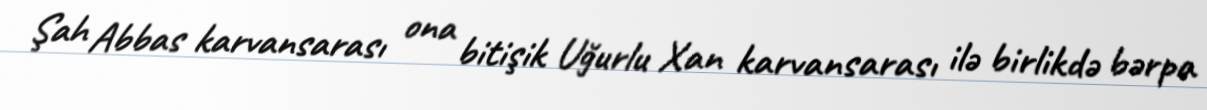
Şah Abbas karvansarası ona bitişik Uğurlu Xan karvansarası ilə birlikdə bərpa